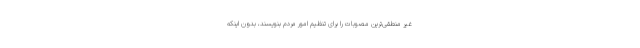
غیر منطقی‌ترین مصوبات را برای تنظیم امور مردم بنویسند، بدون اینکه